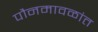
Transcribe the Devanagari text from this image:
पौनमावळांत